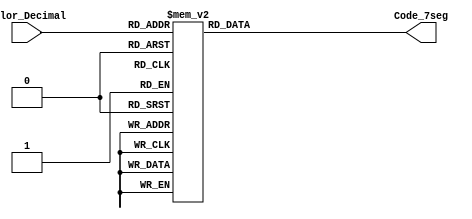
module Conversor_BCD_7seg
(
input wire [3:0] Valor_Decimal,
output reg [7:0] Code_7seg    
);
always @*
begin
case(Valor_Decimal)
4'h0: Code_7seg = 8'b00000011; 
4'h1: Code_7seg = 8'b10011111; 
4'h2: Code_7seg = 8'b00100101; 
4'h3: Code_7seg = 8'b00001101; 
4'h4: Code_7seg = 8'b10011001; 
4'h5: Code_7seg = 8'b01001001; 
4'h6: Code_7seg = 8'b01000001; 
4'h7: Code_7seg = 8'b00011111; 
4'h8: Code_7seg = 8'b00000001; 
4'h9: Code_7seg = 8'b00001001; 
default: Code_7seg = 8'b11111111; 
endcase
end
endmodule